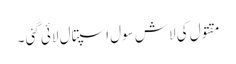
مقتول کی لاش سول اسپتال لائی گئی ۔